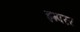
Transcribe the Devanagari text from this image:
इम्परर